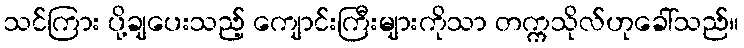
သင်ကြား ပို့ချပေးသည့် ကျောင်းကြီးများကိုသာ တက္ကသိုလ်ဟုခေါ်သည်။